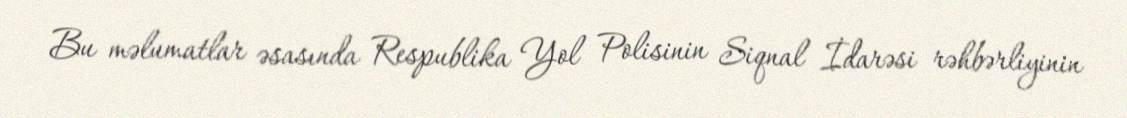
Bu məlumatlar əsasında Respublika Yol Polisinin Siqnal İdarəsi rəhbərliyinin